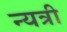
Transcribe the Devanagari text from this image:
न्यत्री